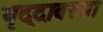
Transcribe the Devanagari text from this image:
वृद्दावस्था